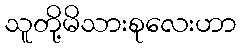
သူတို့မိသားစုလေးဟာ